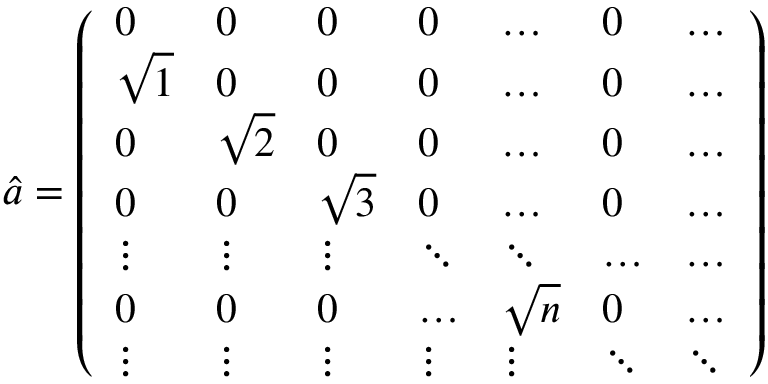
\hat { a } = \left( \begin{array} { l l l l l l l } { 0 } & { 0 } & { 0 } & { 0 } & { \dots } & { 0 } & { \dots } \\ { \sqrt { 1 } } & { 0 } & { 0 } & { 0 } & { \dots } & { 0 } & { \dots } \\ { 0 } & { \sqrt { 2 } } & { 0 } & { 0 } & { \dots } & { 0 } & { \dots } \\ { 0 } & { 0 } & { \sqrt { 3 } } & { 0 } & { \dots } & { 0 } & { \dots } \\ { \vdots } & { \vdots } & { \vdots } & { \ddots } & { \ddots } & { \dots } & { \dots } \\ { 0 } & { 0 } & { 0 } & { \dots } & { \sqrt { n } } & { 0 } & { \dots } \\ { \vdots } & { \vdots } & { \vdots } & { \vdots } & { \vdots } & { \ddots } & { \ddots } \end{array} \right)